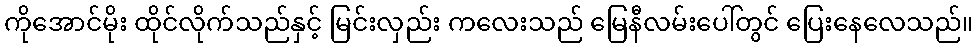
ကိုအောင်မိုး ထိုင်လိုက်သည်နှင့် မြင်းလှည်း ကလေးသည် မြေနီလမ်းပေါ်တွင် ပြေးနေလေသည်။